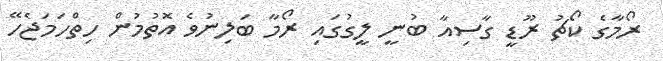
ރޯމާގެ ކޯޗު ރޫޑީ ގާސިއާ ބުނީ ލީގުގައި ރޯމާ ބަލިނުވެ އޮތުމުން ހިތްހަމަޖެހޭ